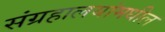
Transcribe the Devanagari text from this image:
संग्रहालयांमधील